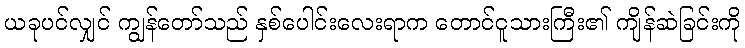
ယခုပင်လျှင် ကျွန်တော်သည် နှစ်ပေါင်းလေးရာက တောင်ငူသားကြီး၏ ကျိန်ဆဲခြင်းကို